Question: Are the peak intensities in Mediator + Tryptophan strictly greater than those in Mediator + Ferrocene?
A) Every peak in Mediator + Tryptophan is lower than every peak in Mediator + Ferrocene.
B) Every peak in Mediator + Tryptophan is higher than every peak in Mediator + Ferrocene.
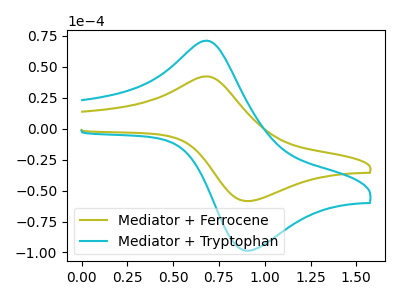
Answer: <think>The olive curve "Mediator + Ferrocene" has an anodic peak at (0.70V, 42.15uA) and a cathodic peak at (0.90V, -58.55uA). The cyan curve "Mediator + Tryptophan" has an anodic peak at (0.70V, 70.95uA) and a cathodic peak at (0.90V, -98.60uA).</think>
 <answer>B) Every peak in "Mediator + Tryptophan" is higher than every peak in "Mediator + Ferrocene".</answer>
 <eval>B</eval>